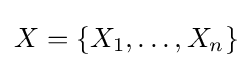
X=\{X_{1},\ldots ,X_{n}\}